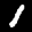
Label: 1